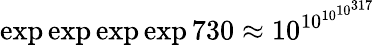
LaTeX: \exp\exp\exp\exp 730\approx 10^{10^{10^{10^{317}}}}